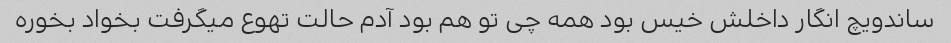
ساندویچ انگار داخلش خیس بود همه چی تو هم بود آدم حالت تهوع میگرفت بخواد بخوره